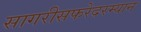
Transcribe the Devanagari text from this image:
सागरीसफरेदरम्यान